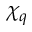
\chi _ { q }